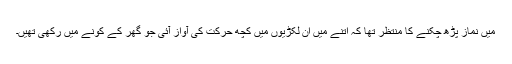
میں نماز پڑھ چکنے کا منتظر تھا کہ اتنے میں ان لکڑیوں میں کچھ حرکت کی آواز آئی جو گھر کے کونے میں رکھی تھیں۔